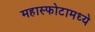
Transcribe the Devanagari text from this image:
महास्फोटामध्ये